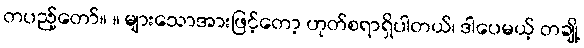
တပည့်တော်။ ။ များသောအားဖြင့်တော့ ဟုတ်စရာရှိပါတယ်၊ ဒါပေမယ့် တချို့